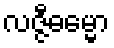
လဇ္ဇီဓမ္မော